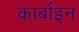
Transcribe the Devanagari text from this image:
कार्बाइन